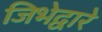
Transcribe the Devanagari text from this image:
जिभेद्वारे